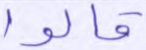
قالوا